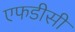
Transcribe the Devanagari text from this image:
एफडीसी